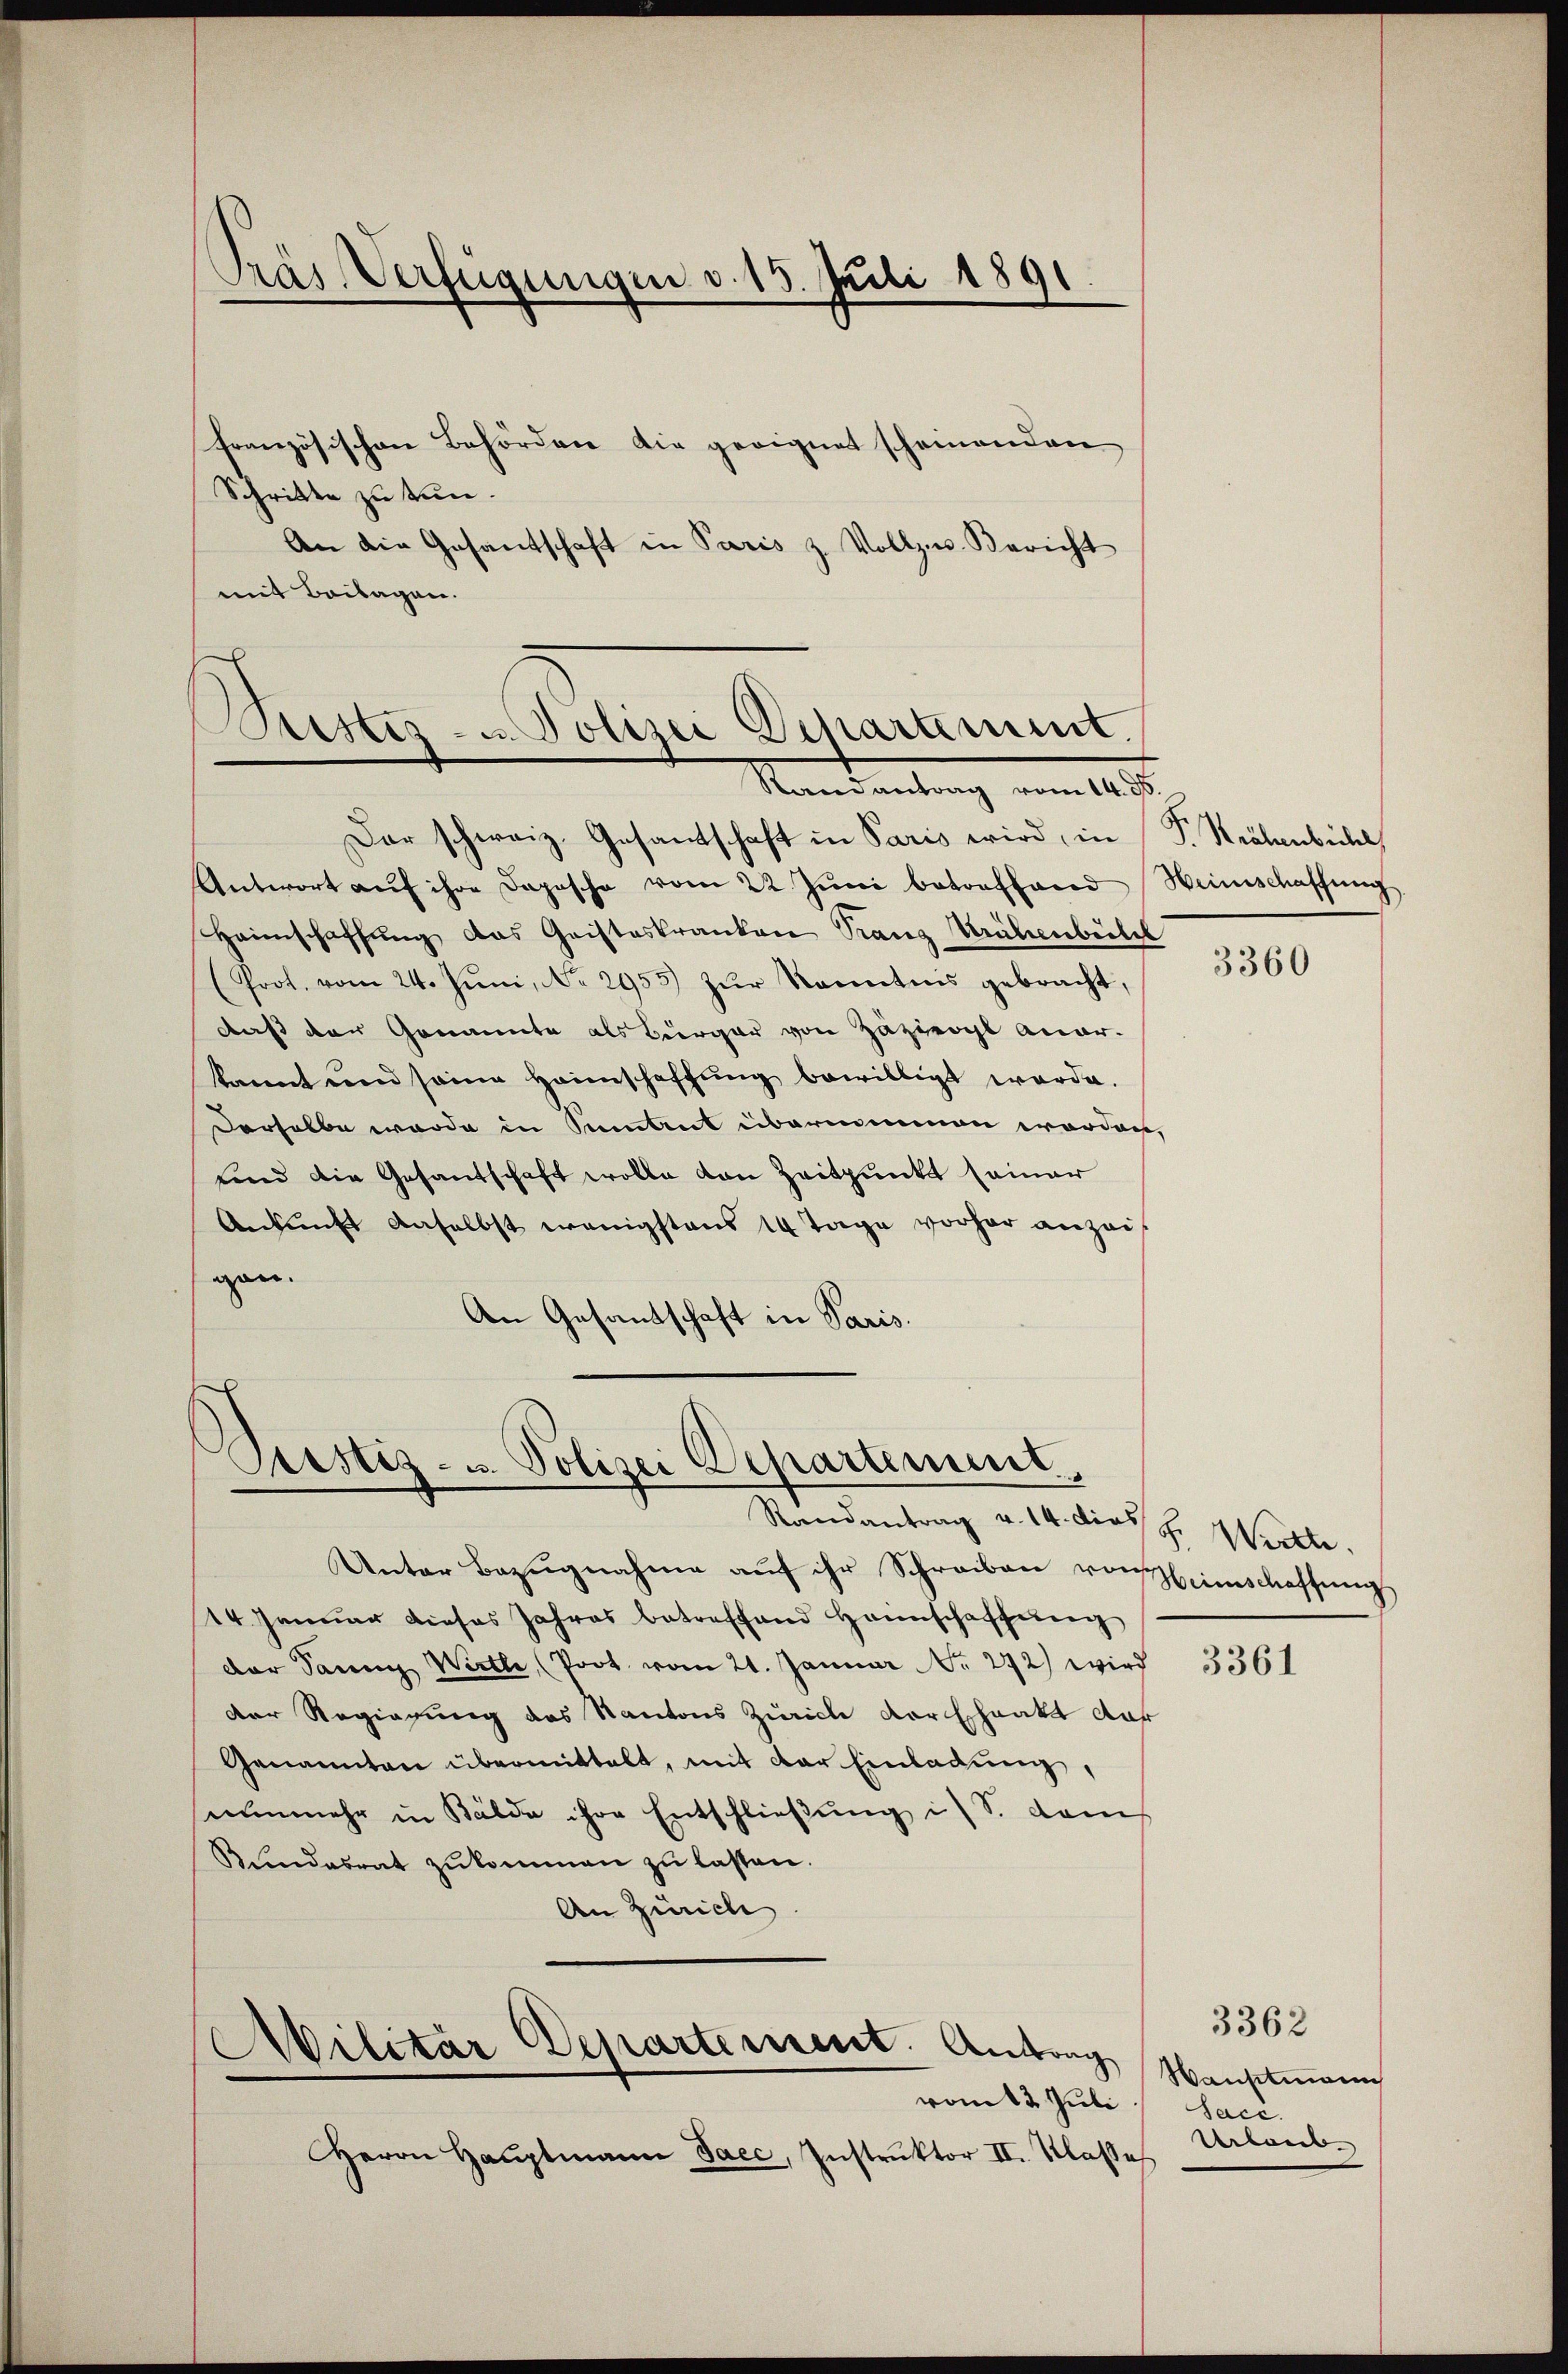
Präs. Verfügungen v. 15. Juli 1891

französischen Behörden die geeignet scheinenden
Schritte zu tun.
An die Gesandschaft in Paris z. Vollzw. Bericht
mit Beilagen.

Sittes- u. Polizei Departement.
Randantrag vom 14. ds.

Justiz- u. Polizei Departement.

Militar Departement. Antrag
vom 13 Juli.

Dar schweiz. Gesandschaft in Paris wird, in
Antwort aŭf ihre Dopische vom 22. Jŭni betroffend Weinschaffŭng
Heimschaffung das Geisteskranken Tanz Krähenbüle
(Prof. vom 24. Jŭni, Nr. 2955 zŭr Kenntnis gebracht,
daß der Genannte als Bürger von Zäzieogl aner-
kannt und seine Heimschaffung bewilligt werde.
Derselbe wurde in Strut übernommen worden,
Lind die Gesandschaft wolle von Zeitpunkt seiner
Ankunft anselbst wenigstens 14 Tage vorher anzei
gen.
An Gesandschaft in Paris.

Randantrag v. 14. dies H. Württe
Unter Bezŭgnahme aŭf ihr Schreiben von einschaffŭng
14. Januar dieses Jahres betreffend Haunschaffŭng
der Sann Wirth, (Poot vom 21. Januar No. 272) wird
der Regierung des Kantons Zürich Vorschaakt dar
Genannten übermittelt, mit der Einladung,
nunmehr in Bälde ihre Entschließung i. S. auch
Kundesrat zukommen zu lassen.
An Zürich

Herrn Haŭptmann Jacc, Instrŭktor II. Klasse

P. Krähenbichl

3360

3361

Wanstmann
Sace.
Urlaub

3362